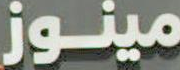
مینوز